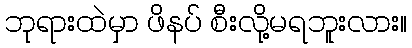
ဘုရားထဲမှာ ဖိနပ် စီးလို့မရဘူးလား။